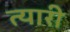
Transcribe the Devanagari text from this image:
त्यारी